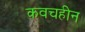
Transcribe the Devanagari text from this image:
कवचहीन